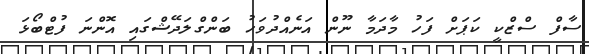
ސާފް ސްޒްކީ ކަޕަށް ފަހު މާދަމާ ނޫން އަނެއްދުވަހު ބަންގްލަދޭޝްގައި އޮންނަ ފުޓްބޯޅަ